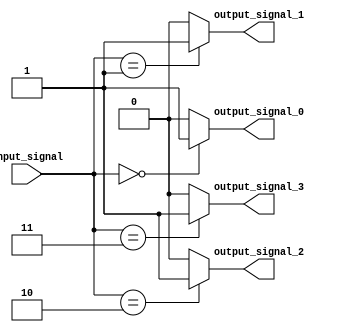
module decoder(
  input [3:0] input_signal,
  output output_signal_0,
  output output_signal_1,
  output output_signal_2,
  output output_signal_3
);

  // declare output signals
  reg output_signal_0, output_signal_1, output_signal_2, output_signal_3;

  // decoder logic
  always @(*)
    begin
      case(input_signal)
        4'b0000: begin
                   output_signal_0 = 1;
                   output_signal_1 = 0;
                   output_signal_2 = 0;
                   output_signal_3 = 0;
                 end
        4'b0001: begin
                   output_signal_0 = 0;
                   output_signal_1 = 1;
                   output_signal_2 = 0;
                   output_signal_3 = 0;
                 end
        4'b0010: begin
                   output_signal_0 = 0;
                   output_signal_1 = 0;
                   output_signal_2 = 1;
                   output_signal_3 = 0;
                 end
        4'b0011: begin
                   output_signal_0 = 0;
                   output_signal_1 = 0;
                   output_signal_2 = 0;
                   output_signal_3 = 1;
                 end
        default: begin
                   output_signal_0 = 0;
                   output_signal_1 = 0;
                   output_signal_2 = 0;
                   output_signal_3 = 0;
                 end
      endcase
    end

endmodule